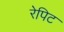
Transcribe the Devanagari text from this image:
रेपिट